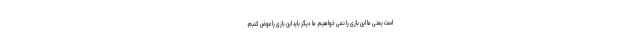
است یعنی ما این بازی را نمی خواهیم. ما دیگر باید این بازی را عوض کنیم.